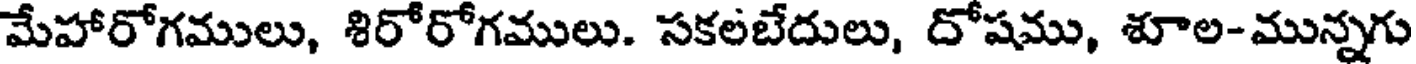
మేహారోగములు, శిరోరోగములు. సకలబేదులు, దోషము, శూల-మున్నగు